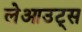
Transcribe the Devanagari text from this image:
लेआउट्स